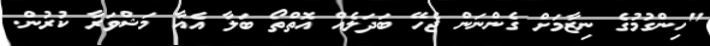
"ހިންގުމުގެ ނިޒާމަށް ގެންނަން ޖެހޭ ބަދަލެއް އޮތްތޯ ބަލާ އެއާ މަޝްވަރާ ކުރުން.